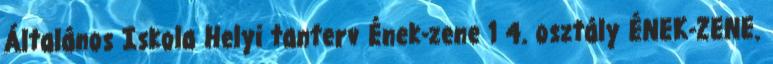
Általános Iskola Helyi tanterv Ének-zene 1 4. osztály ÉNEK-ZENE.